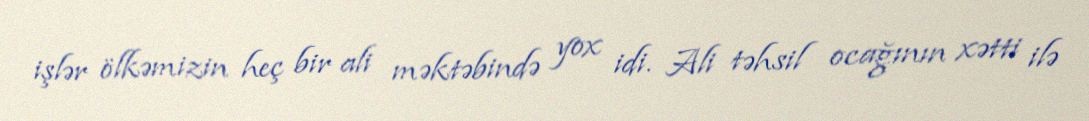
işlər ölkəmizin heç bir ali məktəbində yox idi. Ali təhsil ocağının xətti ilə